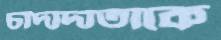
চাঁদাদাতাকে